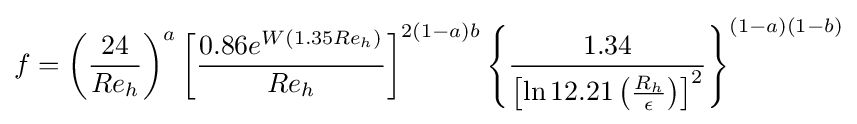
f=\left({\frac {24}{Re_{h}}}\right)^{a}\left[{\frac {0.86e^{W(1.35Re_{h})}}{Re_{h}}}\right]^{2(1-a)b}\left\{{\frac {1.34}{\left[\ln {12.21\left({\frac {R_{h}}{\epsilon }}\right)}\right]^{2}}}\right\}^{(1-a)(1-b)}